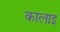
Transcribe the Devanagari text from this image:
कालाइ